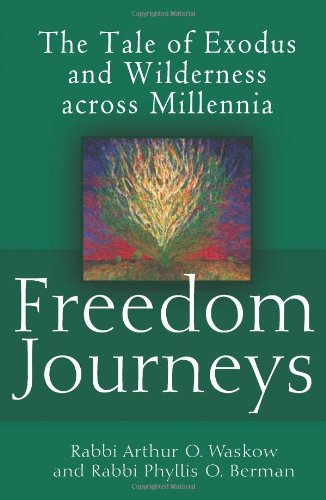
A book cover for Freedom Journeys: The Tale of Exodus and Wilderness across Millennia; Rabbi Arthur O. Waskow; Religion & Spirituality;